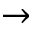
\rightarrow